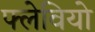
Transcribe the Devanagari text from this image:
फ्लेवियो